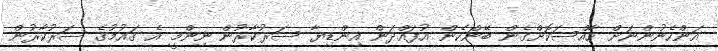
އަންހެނުންނަށް ހާއްސަކޮށްގެން ބޭންކެން އުފައްދަން އިންޑިޔާ ސަރުކާރުން ނިންމީ އެ ގައުމުގެ ސަރުކާރުން